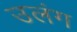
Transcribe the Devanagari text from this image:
उलंग